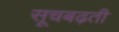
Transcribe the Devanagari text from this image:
सूचबढ़ती